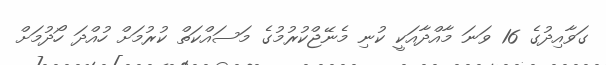
ގަވާއިދުގެ 16 ވަނަ މާއްދާއަކީ ކުނި މެނޭޖްކުރުމުގެ މަސައްކަތް ކުރުމަށް ހުއްދަ ހޯދުމަށް